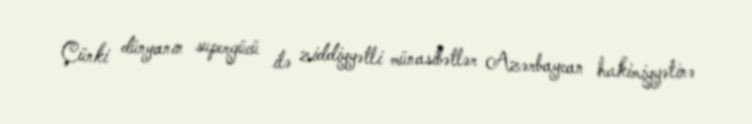
Çünki dünyanın supergücü ilə ziddiyyətli münasibətlər Azərbaycan hakimiyyətinə